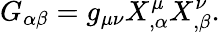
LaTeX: G_{\alpha\beta}=g_{\mu\nu}X_{,\alpha}^{\mu}X_{,\beta}^{\nu}.